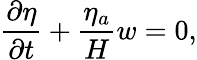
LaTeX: \frac{\partial\eta}{\partial t}+\frac{\eta_{a}}{H}w=0,